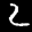
Label: 2